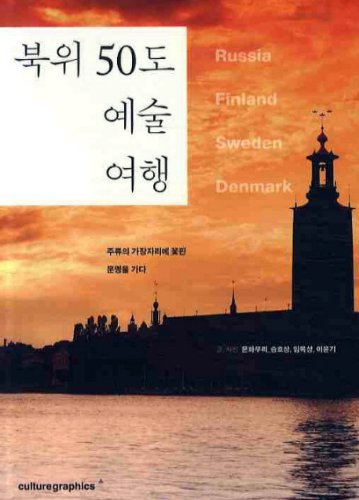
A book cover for Art travel north latitude 50 degrees (Korean edition); Travel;